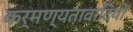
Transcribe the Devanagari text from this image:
कर्मण्यतावादियों